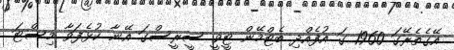
އޭގެތެރޭގަ 1960 ގަ އުފެއްދި ބެޓްމޭން ޓީވީ ސީރީސްގަ އޭނާ ކުޅެފަވާ މިސްޓަ